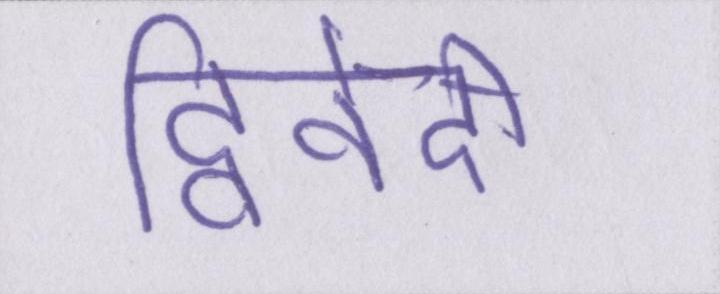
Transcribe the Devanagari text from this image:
द्विवेदी